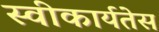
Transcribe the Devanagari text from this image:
स्वीकार्यतेस